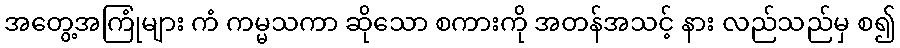
အတွေ့အကြုံများ ကံ ကမ္မသကာ ဆိုသော စကားကို အတန်အသင့် နား လည်သည်မှ စ၍